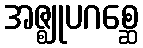
အဇ္ဈုပဂစ္ဆေ